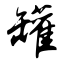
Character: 罐